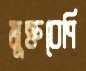
মুক্তবেণি